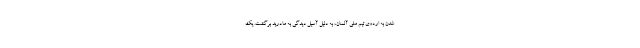
شدن به اردوی تیم ملی آلمان، به دلیل آسیل دیدگی به مادرید برگشت. یک